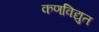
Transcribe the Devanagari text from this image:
कणविद्युत